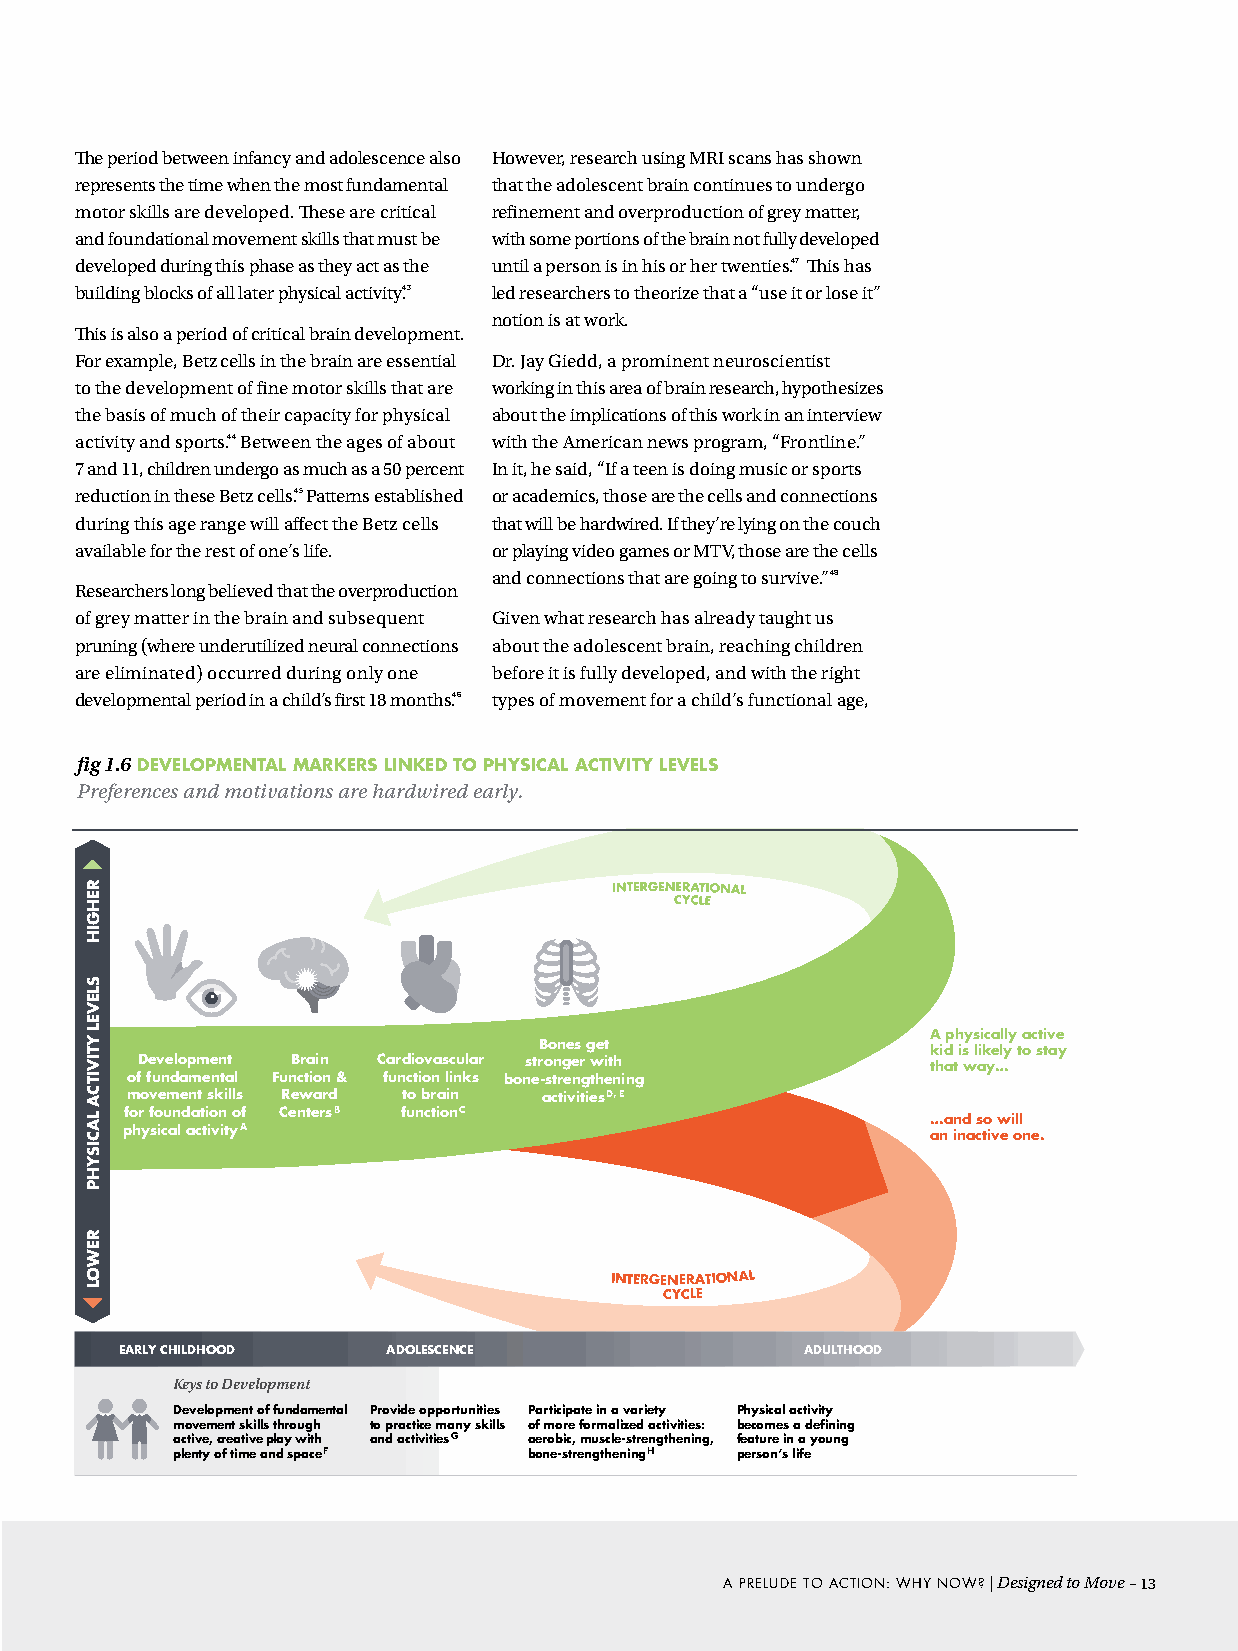
The period between infancy and adolescence also However, research using MRI scans has shown
 represents the time when the most fundamental that the adolescent brain continues to undergo
 motor skills are developed. These are critical refinement and overproduction of grey matter,
 and foundational movement skills that must be with some portions of the brain not fully developed
 developed during this phase as they act as the until a person is in his or her twenties.47 This has
 building blocks of all later physical activity.43 led researchers to theorize that a “use it or lose it”
 notion is at work.
 This is also a period of critical brain development.
 For example, Betz cells in the brain are essential Dr. Jay Giedd, a prominent neuroscientist
 to the development of fine motor skills that are working in this area of brain research, hypothesizes
 the basis of much of their capacity for physical about the implications of this work in an interview
 activity and sports.44 Between the ages of about with the American news program, “Frontline.”
 7 and 11, children undergo as much as a 50 percent In it, he said, “If a teen is doing music or sports
 reduction in these Betz cells.45 Patterns established or academics, those are the cells and connections
 during this age range will affect the Betz cells that will be hardwired. If they’re lying on the couch
 available for the rest of one’s life. or playing video games or MTV, those are the cells
 and connections that are going to survive.”48
 Researchers long believed that the overproduction
 of grey matter in the brain and subsequent Given what research has already taught us
 pruning (where underutilized neural connections about the adolescent brain, reaching children
 are eliminated) occurred during only one before it is fully developed, and with the right
 developmental period in a child’s first 18 months.46 types of movement for a child’s functional age,
 fig 1.6 DEVElOpMENTal MarkErS lINkED TO phySIcal acTIVITy lEVElS
 Preferences and motivations are hardwired early.
 A physically active Bones get
 kid is likely to stay
 Development Brain Cardiovascular stronger with       that way…
 of fundamental Function & function links bone-strengthening
 movement skills Reward to brain activitiesD, E
 for foundation of CentersB functionC                  …and so will
 physical activityA                                    an inactive one.
 INTERGENERATIONAL
 CYCLE
 EARLY CHILDHOOD   ADOLESCENCE                ADULTHOOD
 Keys to Development
 Development of fundamental Provide opportunities Participate in a variety Physical activity
 movement skills through to practice many skills of more formalized activities: becomes a defining
 active, creative play with and activitiesG aerobic, muscle-strengthening, feature in a young
 plenty of time and spaceF bone-strengtheningH person’s life
 A PRELudE TO AcTION: WHY NOW? | Designed to Move –13
 REHGIH
 SLEVEL
 YTIVITCA
 LACISYHP
 REWOL